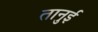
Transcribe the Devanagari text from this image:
तानुई